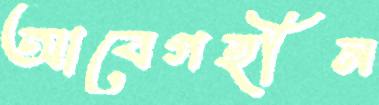
আবেগহীন